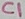
Text: C1